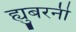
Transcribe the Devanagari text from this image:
ह्युबरनी